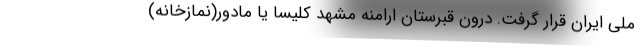
ملی ایران قرار گرفت. درون قبرستان ارامنه مشهد کلیسا یا مادور(نمازخانه)